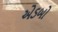
એડબો